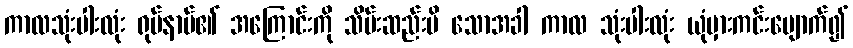
ကာလသုံးပါးလုံး ရုပ်နာမ်၏ အကြောင်းကို သိမ်းဆည်းမိ သောအခါ ကာလ သုံးပါးလုံး ယုံမှားကင်းပျောက်၍